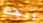
وبهذه